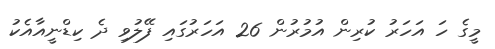
މީގެ ހަ އަހަރު ކުރިން އުމުރުން 26 އަހަރުގައި ފޭލުވި ދެ ކިޑްނީއާއެކު